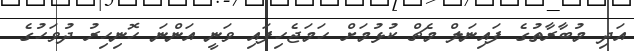
އަދި މުބާރާތުގެ ފައިނަލް މެޗް ކުޅުމަށް ހަމަޖެހިފައި ވަނީ އަންނަ ހޮނިހިރު ދުވަހުގެ